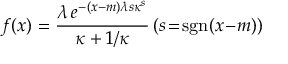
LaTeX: f ( x ) = { \frac { \lambda \, e ^ { - ( x - m ) \lambda s \kappa ^ { s } } } { \kappa + 1 / \kappa } } \, ( s \! = \! \operatorname { s g n } ( x \! - \! m ) )